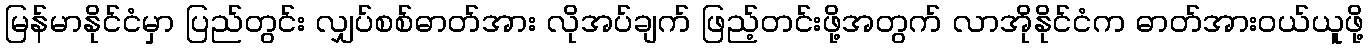
မြန်မာနိုင်ငံမှာ ပြည်တွင်း လျှပ်စစ်ဓာတ်အား လိုအပ်ချက် ဖြည့်တင်းဖို့အတွက် လာအိုနိုင်ငံက ဓာတ်အားဝယ်ယူဖို့